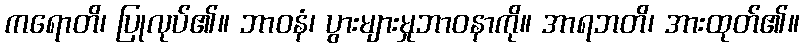
ကရောတိ၊ ပြုလုပ်၏။ ဘာဝနံ၊ ပွားများမှုဘာဝနာကို။ အာရဘတိ၊ အားထုတ်၏။